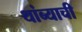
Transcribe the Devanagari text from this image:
थांब्याची